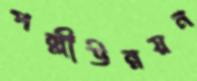
পল্লীউন্নয়ন